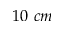
1 0 \ c m